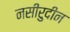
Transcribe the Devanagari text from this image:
नसीरुदीन